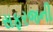
સફરજની